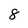
Character: 8